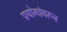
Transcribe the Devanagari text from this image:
प्रयोगांवरून